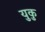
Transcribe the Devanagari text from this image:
युकु